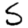
Digit: 5